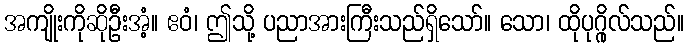
အကျိုးကိုဆိုဦးအံ့။ ဧဝံ၊ ဤသို့ ပညာအားကြီးသည်ရှိသော်။ သော၊ ထိုပုဂ္ဂိုလ်သည်။